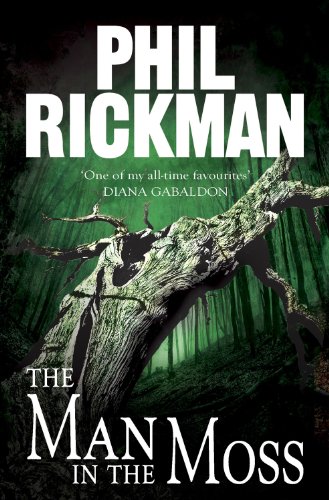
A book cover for The Man in the Moss; Phil Rickman; Literature & Fiction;